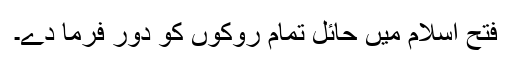
فتح اسلام میں حائل تمام روکوں کو دور فرما دے۔